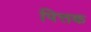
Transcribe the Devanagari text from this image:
पित्तक